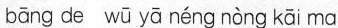
bāng de wū yā néng nòng kāi ma